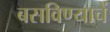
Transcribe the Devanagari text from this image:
बसविण्याचें